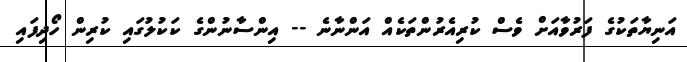
އަނިޔާތަކުގެ ފަރުވާއަށް ވެސް ކުރިއެރުންތަކެއް އަންނާނެ -- އިންސާނުންގެ ކަކުލުގައި ކުރިން ހޯދިފައި